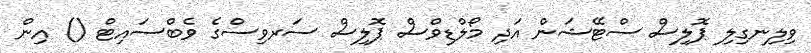
ވިލިނގިލި ޕޮލިސް ސްޓޭޝަން އަދި މޯލްޑިވްސް ޕޮލިސް ސަރވިސްގެ ވެބްސައިޓް () އިން